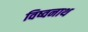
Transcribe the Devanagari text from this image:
विष्वनाथ